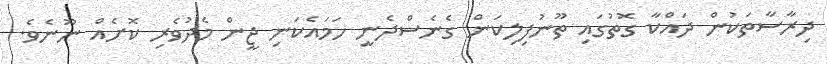
ދިރާސާތަކުން ދައްކާ ގޮތުގައި ތޫނުފިލިކަން ގެނެސްދެނީ ހަމައެކަނި ޖީން މެދުވެރި ކޮށެއް ނޫނެވެ.